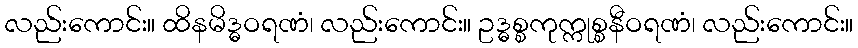
လည်းကောင်း။ ထိနမိဒ္ဓဝရဏံ၊ လည်းကောင်း။ ဥဒ္ဓစ္စကုက္ကုစ္စနီဝရဏံ၊ လည်းကောင်း။